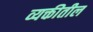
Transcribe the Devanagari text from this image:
व्यक्तीतील